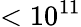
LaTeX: <10^{11}